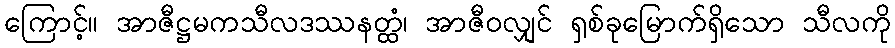
ကြောင့်။ အာဇီဋ္ဌမကသီလဒဿနတ္ထံ၊ အာဇီဝလျှင် ရှစ်ခုမြောက်ရှိသော သီလကို